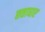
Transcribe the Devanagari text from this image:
छत्ताधार